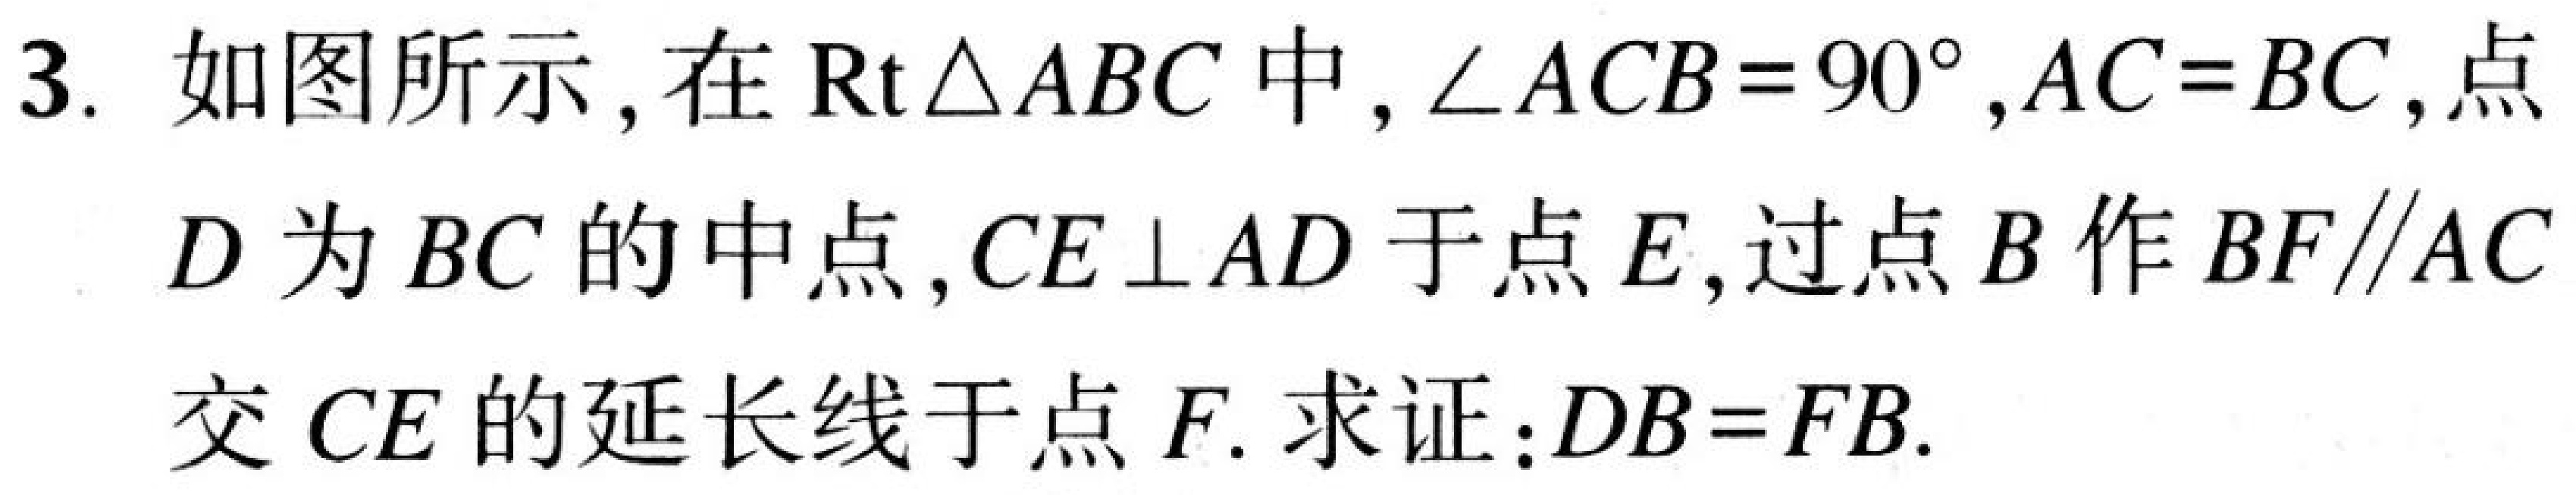
3. 如图所示, 在$\text{Rt}\triangle ABC$中,$\angle ACB = 90^{\circ},AC = BC$,点
$D$为$BC$的中点,$CE\perp AD$于点$E$,过点$B$作$BF\parallel AC$
交$CE$的延长线于点$F$. 求证:$DB = FB$.